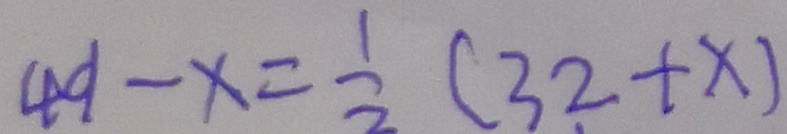
4 9 - x = \frac { 1 } { 2 } ( 3 2 + x )